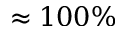
\approx 1 0 0 \%